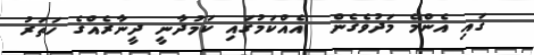
ގައި އެންމެ މަދުވެގެން  އެއްކަމުގައި ކަމުދާނީ ދީނާރެއްގެ ހަތަރު